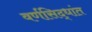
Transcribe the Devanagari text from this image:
वर्णसिद्धांत